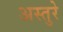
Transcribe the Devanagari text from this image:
अस्तुरे